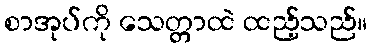
စာအုပ်ကို သေတ္တာထဲ ထည့်သည်။